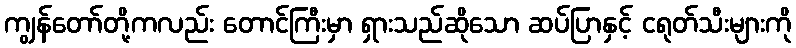
ကျွန်တော်တို့ကလည်း တောင်ကြီးမှာ ရှားသည်ဆိုသော ဆပ်ပြာနှင့် ငရုတ်သီးများကို